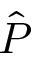
\hat { P }